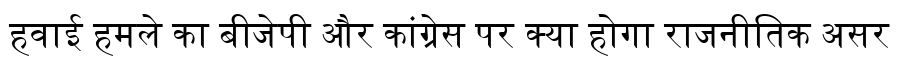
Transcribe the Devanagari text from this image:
हवाई हमले का बीजेपी और कांग्रेस पर क्या होगा राजनीतिक असर